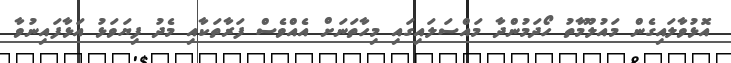
އޮޅުވާލައިގެން މައުލޫމާތު ހޯދަމުންދާ މައްސަލައިގައި މިހާތަނަށް އެއްވެސް ފަރާތަކާއި މެދު ފިޔަވަޅު އަޅާފައިނުވާ